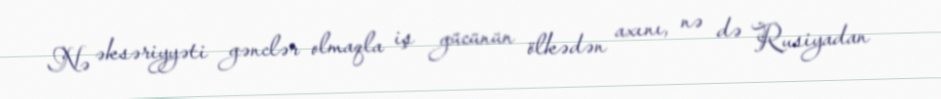
Nə əksəriyyəti gənclər olmaqla iş gücünün ölkədən axını, nə də Rusiyadan